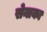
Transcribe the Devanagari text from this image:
सेनाका